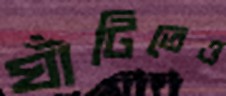
ঘাঁটিতেও